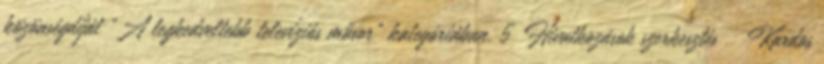
közönségdíját „A legkedveltebb televíziós műsor” kategóriában. 5 Hivatkozások szerkesztés ↑ Kardos